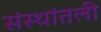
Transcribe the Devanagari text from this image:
संस्थांतली